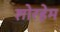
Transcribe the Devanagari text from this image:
शोरहेम